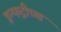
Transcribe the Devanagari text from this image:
इन्फट्रीच्या